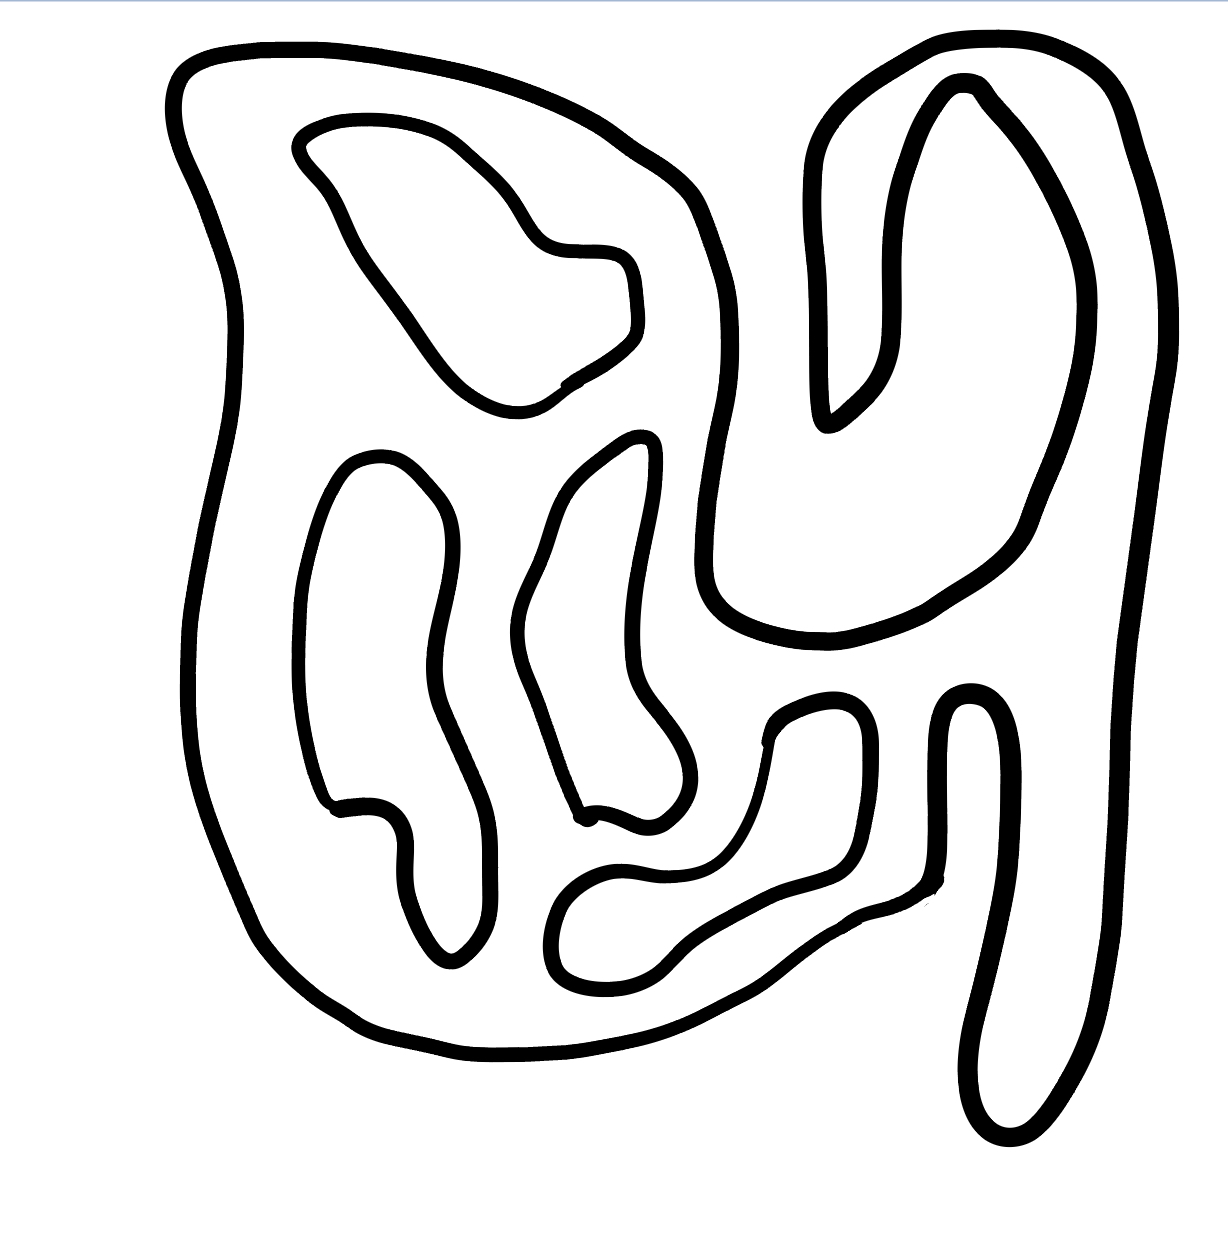
Number of regions (including the outer root region): 6
Containment tree edges (parent, child): 0, 1, 1, 2, 1, 3, 1, 4, 1, 5